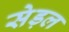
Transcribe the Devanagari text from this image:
सेड़ल